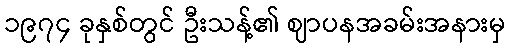
၁၉၇၄ ခုနှစ်တွင် ဦးသန့်၏ ဈာပနအခမ်းအနားမှ